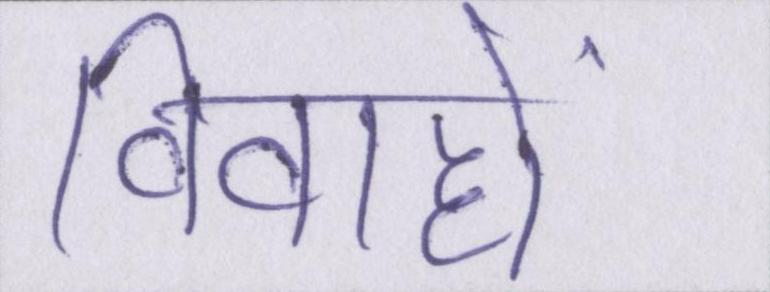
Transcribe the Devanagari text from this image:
विवाहों